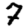
Digit: 7